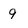
Character: 9